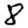
Digit: 8